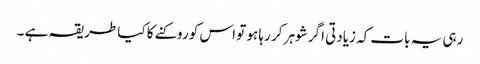
رہی یہ بات کہ زیادتی اگر شوہر کر رہا ہو تو اس کو روکنے کا کیا طریقہ ہے ۔